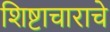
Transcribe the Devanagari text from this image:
शिष्टाचाराचे